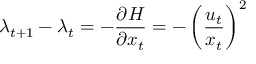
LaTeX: \lambda _ { t + 1 } - \lambda _ { t } = - { \frac { \partial H } { \partial x _ { t } } } = - \left( { \frac { u _ { t } } { x _ { t } } } \right) ^ { 2 }